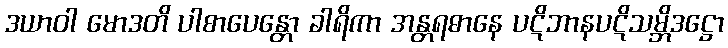
ဒယာဝါ မောဒတိ ပါစာပေန္တော ခါရိကာ အန္တရဓာနေ ပဋိဘာနပဋိသမ္ဘိဒဋ္ဌော